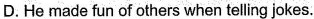
D.He made fun of others when telling jokes.